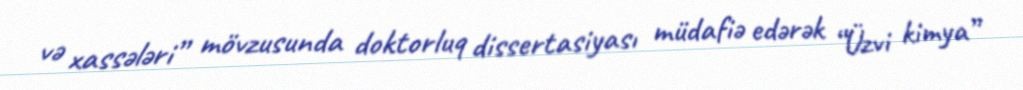
və xassələri” mövzusunda doktorluq dissertasiyası müdafiə edərək “Üzvi kimya”